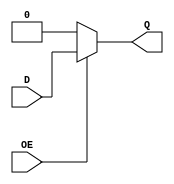

module test(output reg Q, input wire D, input wire OE);

   always @* begin
      Q = 0;
      if (OE)
	Q = D;
   end
endmodule // test

module main;
   reg D, OE;
   wire Q;

   test dut(Q, D, OE);

   (* ivl_synthesis_off *) initial begin
      OE = 0;
      D = 0;
      #1 if (Q !== 0) begin
	 $display("FAILED -- Q=%b, D=%b, OE=%b", Q, D, OE);
	 $finish;
      end

      D = 1;
      #1 if (Q !== 0) begin
	 $display("FAILED -- Q=%b, D=%b, OE=%b", Q, D, OE);
	 $finish;
      end

      OE = 1;
      #1 if (Q !== 1) begin
	 $display("FAILED -- Q=%b, D=%b, OE=%b", Q, D, OE);
	 $finish;
      end

      $display("PASSED");
   end
endmodule // main